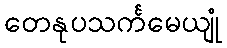
တေနုပသင်္ကမေယျုံ